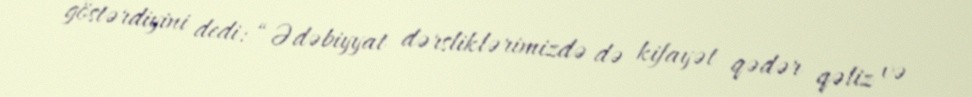
göstərdiyini dedi: “Ədəbiyyat dərsliklərimizdə də kifayət qədər qəliz və